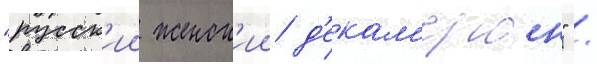
"русск'ии женск'ии д'екам'ерон" /